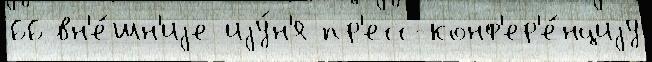
66 вн'е́шн'иjе иjу́н'я пр'есс-конф'ер'е́нциjу